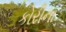
કોરીના